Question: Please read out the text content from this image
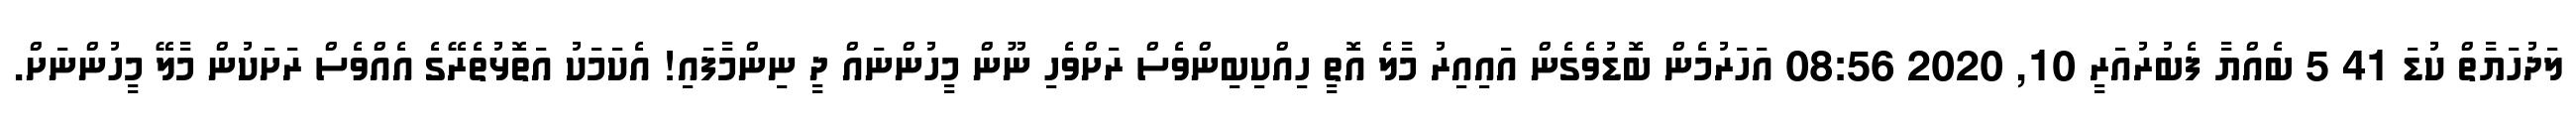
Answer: ލަދުހަޔާތް ކުޑަ 41 5 ބެއްޔާ ފެބުރުއަރީ 10, 2020 08:56 އަހަރުމެން ބޮޑުވެގެން އައިއިރު މާލެ އޮތީ ހިއްކިބިންވެސް ރަށްވެހި ނޫން މީހުންނައް ދީ ނިންމާފައި! އެކަމަކު އަތޮޅުތެރޭގެ އެއްވެސް ރަށަކުން މާލޭ މީހުންނަށް.